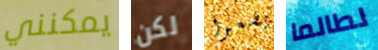
يمكنني لكن يضعوا لطالما